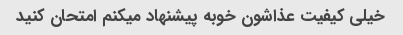
خیلی کیفیت عذاشون خوبه پیشنهاد میکنم امتحان کنید